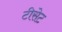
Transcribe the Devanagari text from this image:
टीसेट